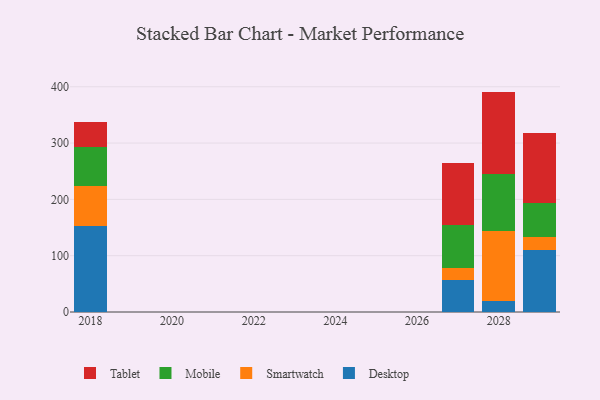
{"axis": {"x": "Year", "y": "Revenue (USD Million)"}, "legend": ["Desktop", "Mobile", "Smartwatch", "Tablet"], "data": [{"x": "2028", "y": 19.0, "type": "Desktop"}, {"x": "2028", "y": 124.5, "type": "Smartwatch"}, {"x": "2028", "y": 102.4, "type": "Mobile"}, {"x": "2028", "y": 145.5, "type": "Tablet"}, {"x": "2027", "y": 57.5, "type": "Desktop"}, {"x": "2027", "y": 21.4, "type": "Smartwatch"}, {"x": "2027", "y": 76.3, "type": "Mobile"}, {"x": "2027", "y": 108.6, "type": "Tablet"}, {"x": "2029", "y": 110.9, "type": "Desktop"}, {"x": "2029", "y": 23.0, "type": "Smartwatch"}, {"x": "2029", "y": 59.0, "type": "Mobile"}, {"x": "2029", "y": 125.1, "type": "Tablet"}, {"x": "2018", "y": 153.2, "type": "Desktop"}, {"x": "2018", "y": 71.0, "type": "Smartwatch"}, {"x": "2018", "y": 68.0, "type": "Mobile"}, {"x": "2018", "y": 45.6, "type": "Tablet"}]}